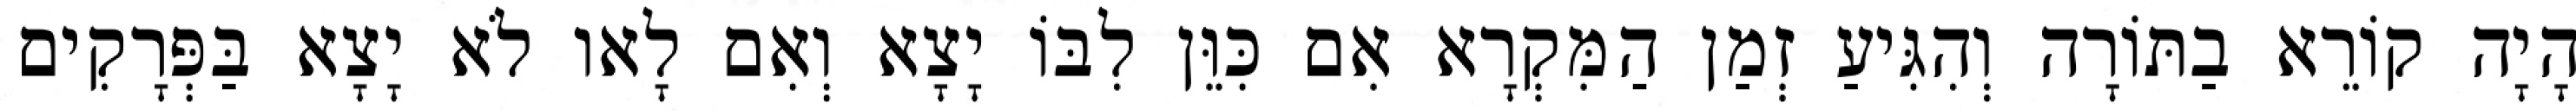
הָיָה קוֹרֵא בַתּוֹרָה וְהִגִּיעַ זְמַן הַמִּקְרָא אִם כִּוֵּן לִבּוֹ יָצָא וְאִם לָאו לֹא יָצָא בַּפְּרָקִים